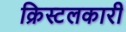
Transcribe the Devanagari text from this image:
क्रिस्टलकारी